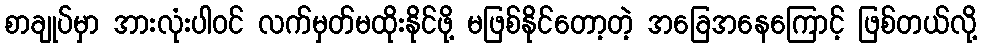
စာချုပ်မှာ အားလုံးပါဝင် လက်မှတ်မထိုးနိုင်ဖို့ မဖြစ်နိုင်တော့တဲ့ အခြေအနေကြောင့် ဖြစ်တယ်လို့